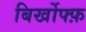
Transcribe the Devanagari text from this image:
बिर्खोफ्फ़